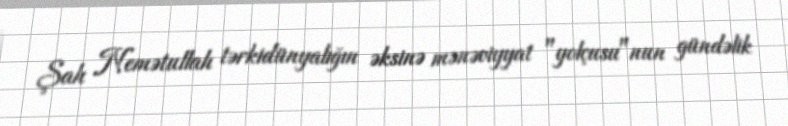
Şah Nemətullah tərkidünyalığın əksinə mənəviyyat "yolçusu"nun gündəlik